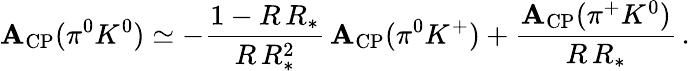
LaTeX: \mathbf{A}_{\mathrm{{CP}}}(\pi^{0}K^{0})\simeq-\frac{{1-R\, R_{*}}}{{R\, R_{*}^{2}}}\, \mathbf{A}_{\mathrm{{CP}}}(\pi^{0}K^{+})+\frac{{\mathbf{A}_{\mathrm{{CP}}}(\pi^{+}K^{0})}}{{R\, R_{*}}}\, .